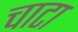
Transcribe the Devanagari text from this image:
चाटा